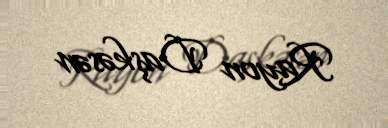
Rayon Daşkəsən